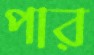
পার